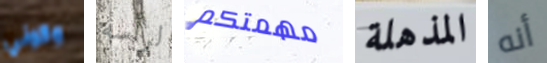
وكوني لرأسه مهمتكم المذهلة أنه